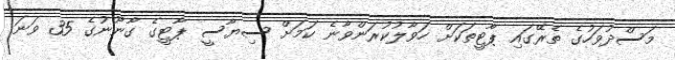
މަސްދުވަހުގެ ތެރޭގައި ޕާޓީތަކަށް ހަވާލުކުރަންވާނެ ކަމަށް ސިޔާސީ ޕާޓީގެ ގާނޫނުގެ 35 ވަނަ